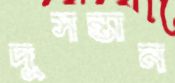
দুসন্তান